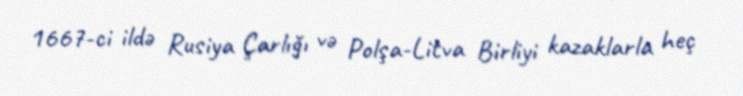
1667-ci ildə Rusiya Çarlığı və Polşa-Litva Birliyi kazaklarla heç